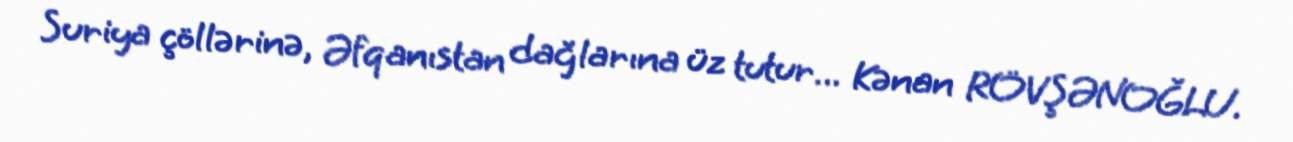
Suriya çöllərinə, Əfqanıstan dağlarına üz tutur... Kənan RÖVŞƏNOĞLU.